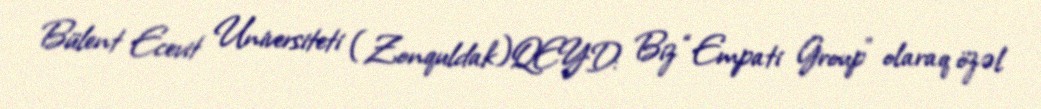
Bülent Ecevit Universiteti (Zonquldak)QEYD: Biz “Empati Group” olaraq özəl